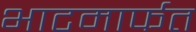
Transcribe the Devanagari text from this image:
भाटमार्फत